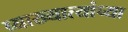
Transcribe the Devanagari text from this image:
व्याख्यात्यांच्या